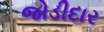
જોડીદાર